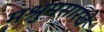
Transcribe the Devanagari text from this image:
मश्रुमसारखे